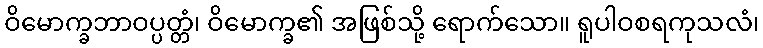
ဝိမောက္ခဘာဝပ္ပတ္တံ၊ ဝိမောက္ခ၏ အဖြစ်သို့ ရောက်သော။ ရူပါဝစရကုသလံ၊